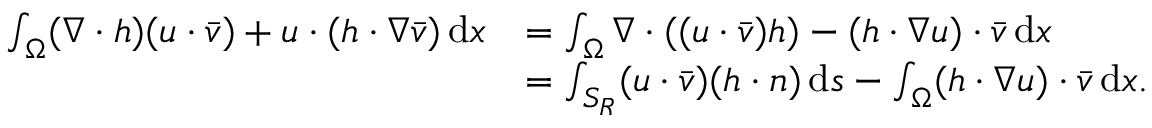
\begin{array} { r l } { \int _ { \Omega } ( \nabla \cdot h ) ( u \cdot \bar { v } ) + u \cdot ( h \cdot \nabla \bar { v } ) \, \mathrm { d } x } & { = \int _ { \Omega } \nabla \cdot ( ( u \cdot \bar { v } ) h ) - ( h \cdot \nabla u ) \cdot \bar { v } \, \mathrm { d } x } \\ & { = \int _ { S _ { R } } ( u \cdot \bar { v } ) ( h \cdot n ) \, \mathrm { d } s - \int _ { \Omega } ( h \cdot \nabla u ) \cdot \bar { v } \, \mathrm { d } x . } \end{array}